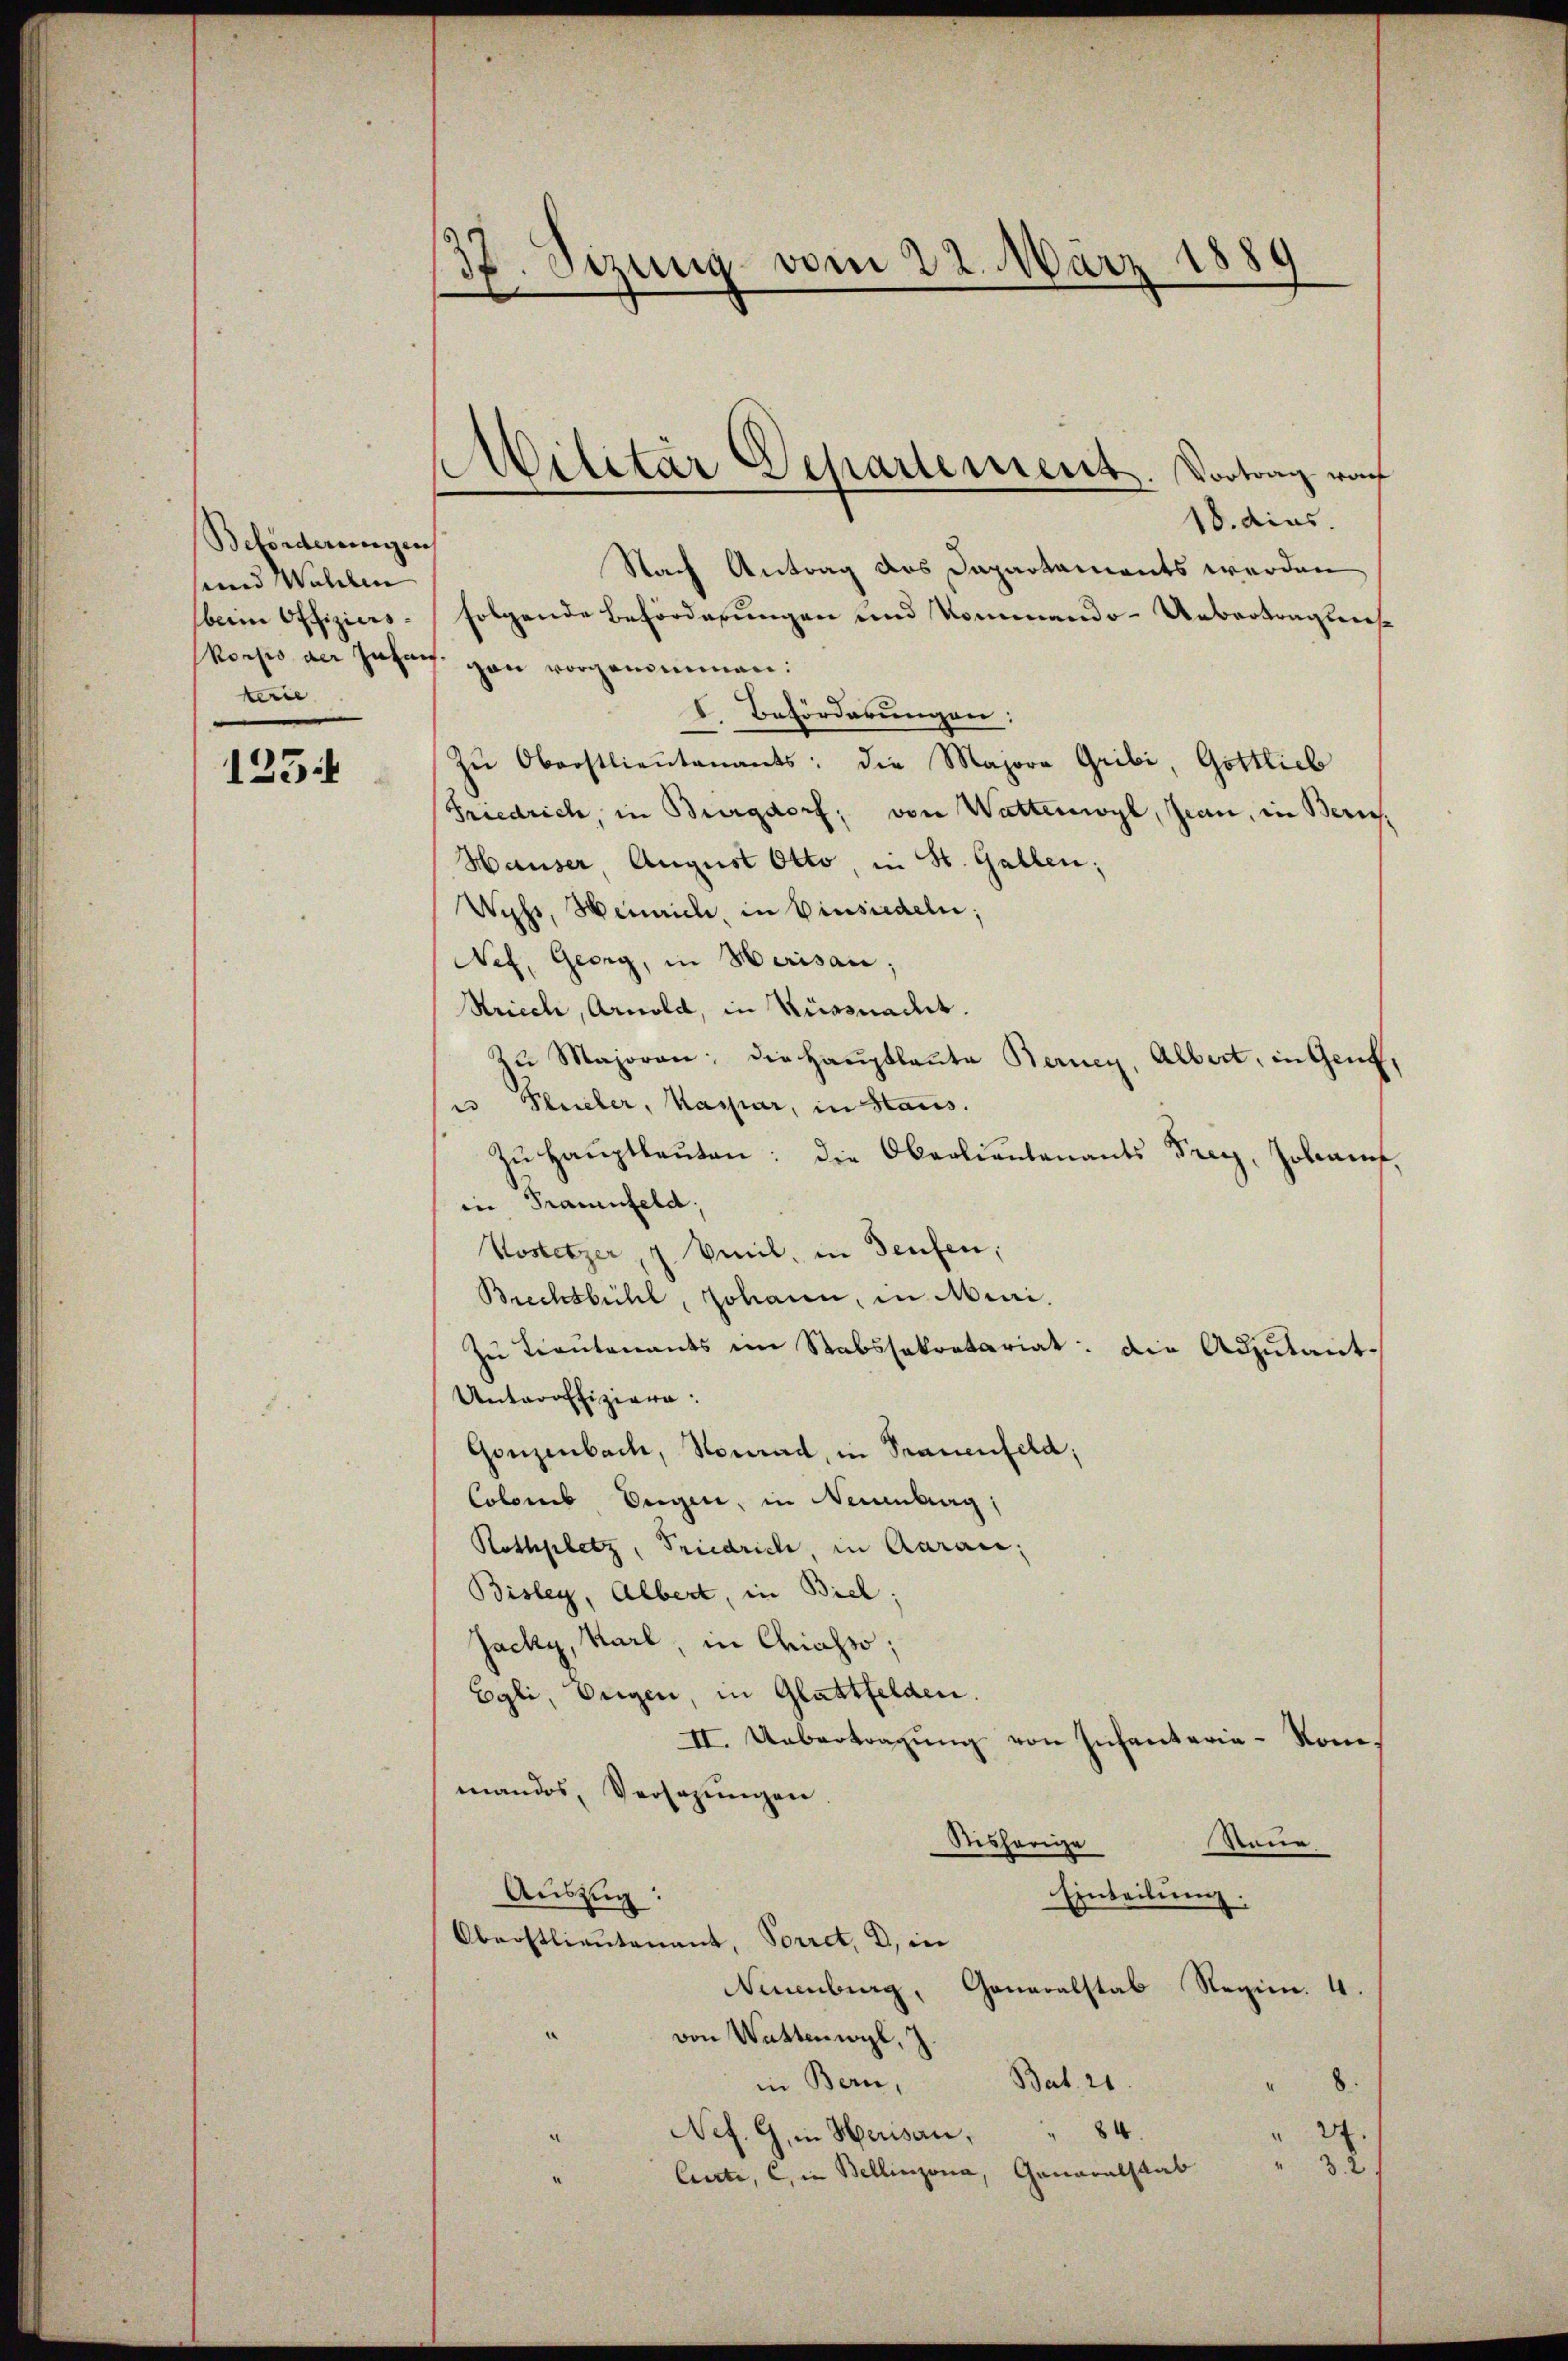
Beförderungen
und Wahlen
beim Offizierskorps der Johan
terie
125

S.
sizung vom 22. März 1880

Militär Departement. Vortrag vo

18. dies
Nach Antrag das Dapartaments werden
folgende Beförderungen und Kommando-Uebertragens
gau vorgenommen.
I. Beförderungen:
Zŭ Oberstlieutenants: die Majora Gribi, Gottlieb
Friedrich, in Burgdorf; von Wattenwyl, Jean, in Bern.
Hauser, August Otto, in St. Gallen;
Wyss, Heinrich, in Einsiedeln;
Nef, Georg, in Herisau;
Kriech, Arnold, in Küssnacht.
Zu Majoren; die Hauptlaute Berney, Albert, in Genf,
u Pluieler, Kaspar, in Haus.
zŭ Haŭptleŭten: die Oberlieutenants Frey, Johanf,
in Frauenfeld,
Vosetzer, 7 Veil, in Teufen,
Biechsbühl, Johann, in Mini¬
Zu Trautenants im Rabssekretariat: die Adjutant-
Unteroffiziere:
Gonzenbach, Konrad, in Trauenfeld;
Colonis Eigen, in Neuenburg,
Rothplatz, Priedrich, in Aarau;
Bisley, Albert, in Biel;
Jacky, Karl, in Chiasso;
Egli, Orgen, in Glattfelden.
II. Uebertragŭng von Infanteria-Kommandos, Versagungen
disherige
i
Einteilung.
Auszug:
Oberstlieutenant, Sorret, 2, in
Neuenburg, Generalstab Regim. 4
von Wattenwyl,
Bat. 20.
in Bern,
8.
84
2
Nef. G. in Herisau,
" 32
Generalstab
Cierte, C. in Bellinzona